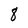
Character: 8